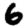
Digit: 6